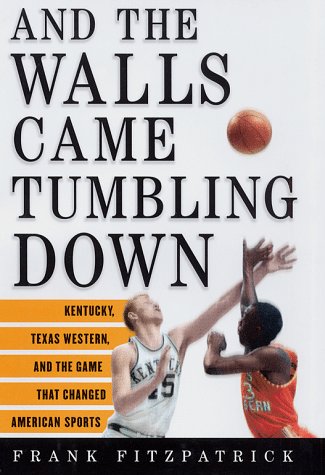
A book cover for And the Walls Came Tumbling Down: Kentucky, Texas Western, and the Game That Changed American Sports; Frank Fitzpatrick; Sports & Outdoors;